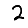
Digit: 2